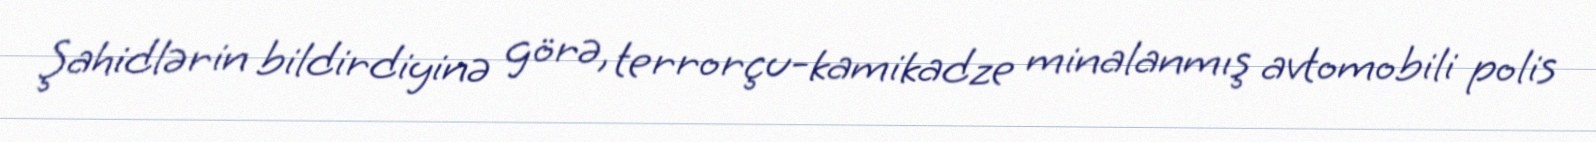
Şahidlərin bildirdiyinə görə, terrorçu-kamikadze minalanmış avtomobili polis